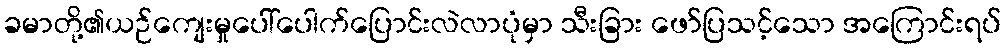
ခမာတို့၏ယဉ်ကျေးမှုပေါ်ပေါက်ပြောင်းလဲလာပုံမှာ သီးခြား ဖော်ပြသင့်သော အကြောင်းရပ်